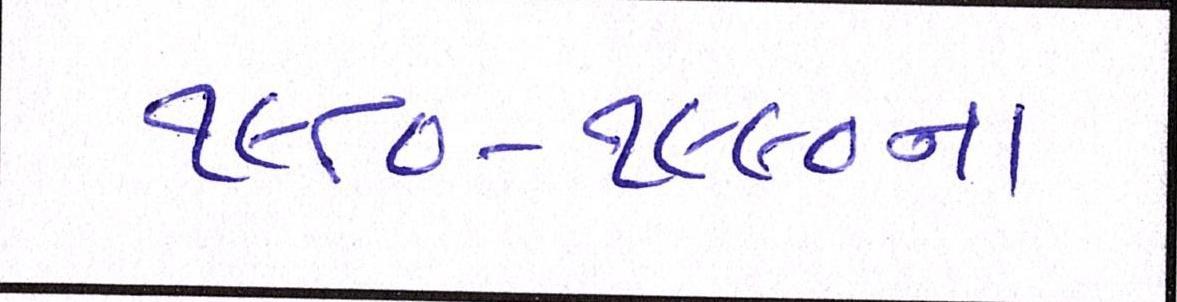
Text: ૧૯૮૦-૧૯૯૦ના